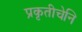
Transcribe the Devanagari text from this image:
प्रकृतीचेनि